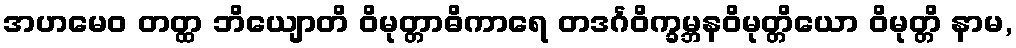
အဟမေဝ တတ္ထ ဘိယျောတိ ဝိမုတ္တာဓိကာရေ တဒင်္ဂဝိက္ခမ္ဘနဝိမုတ္တိယော ဝိမုတ္တိ နာမ,